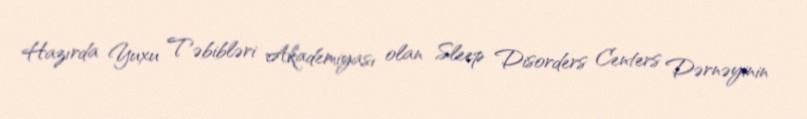
Hazırda Yuxu Təbibləri Akademiyası olan Sleep Disorders Centers Dərnəyinin